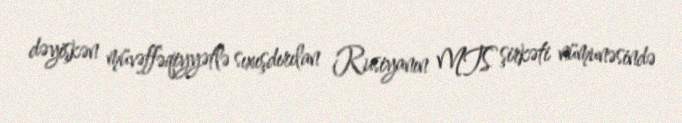
dəyişkən müvəffəqiyyətlə sıxışdırılan Rusiyanın MTS şirkəti nümunəsində